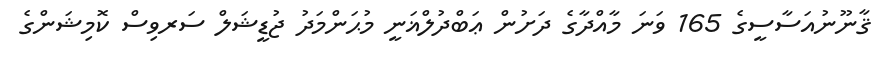
ޤާނޫނުއަސާސީގެ 165 ވަނަ މާއްދާގެ ދަށުން ޢަބްދުލްޣަނީ މުޙަންމަދު ޖުޑީޝަލް ސަރވިސް ކޮމިޝަންގެ